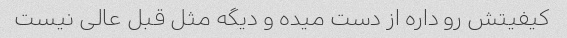
کیفیتش رو داره از دست میده و دیگه مثل قبل عالى نیست